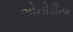
એનોડીયા